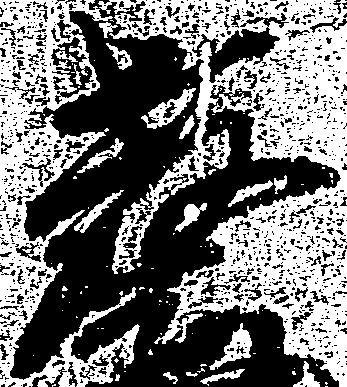
教